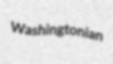
Washingtonian